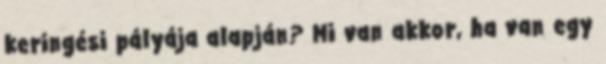
keringési pályája alapján? Mi van akkor, ha van egy